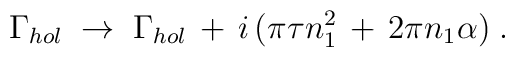
\Gamma_{hol} \; \to \; \Gamma_{hol} \,+\, i \,( \pi \tau n_1^2 \, + \, 2 \pi n_1 \alpha ) \;.